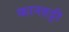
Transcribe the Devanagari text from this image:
कानहट्टी